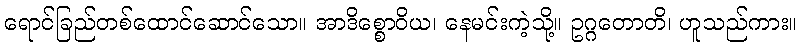
ရောင်ခြည်တစ်ထောင်ဆောင်သော။ အာဒိစ္စောဝိယ၊ နေမင်းကဲ့သို့။ ဥဂ္ဂတောတိ၊ ဟူသည်ကား။